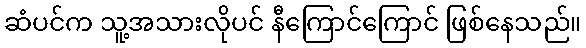
ဆံပင်က သူ့အသားလိုပင် နီကြောင်ကြောင် ဖြစ်နေသည်။